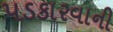
પડકારવાની